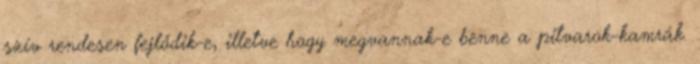
szív rendesen fejlődik-e, illetve hogy megvannak-e benne a pitvarok-kamrák.